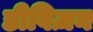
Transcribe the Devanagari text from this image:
डीविज़न